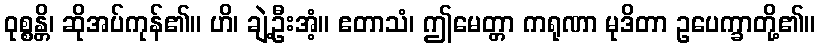
ဝုစ္စန္တိ၊ ဆိုအပ်ကုန်၏။ ဟိ၊ ချဲ့ဦးအံ့။ ဧတာသံ၊ ဤမေတ္တာ ကရုဏာ မုဒိတာ ဥပေက္ခာတို့၏။